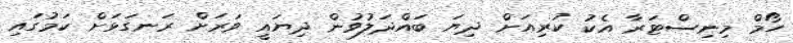
ހޯމް މިނިސްޓަރާ އެކު ކުރިއަށް ދިޔަ ބައްދަލުވުން ދިޔައީ ވަރަށް ރަނގަޅަށް ކަމުގައި